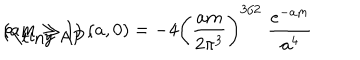
LaTeX: \rho _ { \mathrm { \tiny ~ A P } } ( a , 0 ) = - 4 \left( { \frac { a m } { 2 \pi ^ { 3 } } } \right) ^ { 3 / 2 } \; { \frac { e ^ { - a m } } { a ^ { 4 } } } \hspace { 0 . 5 c m } ( a m \gg 1 ) \; ,